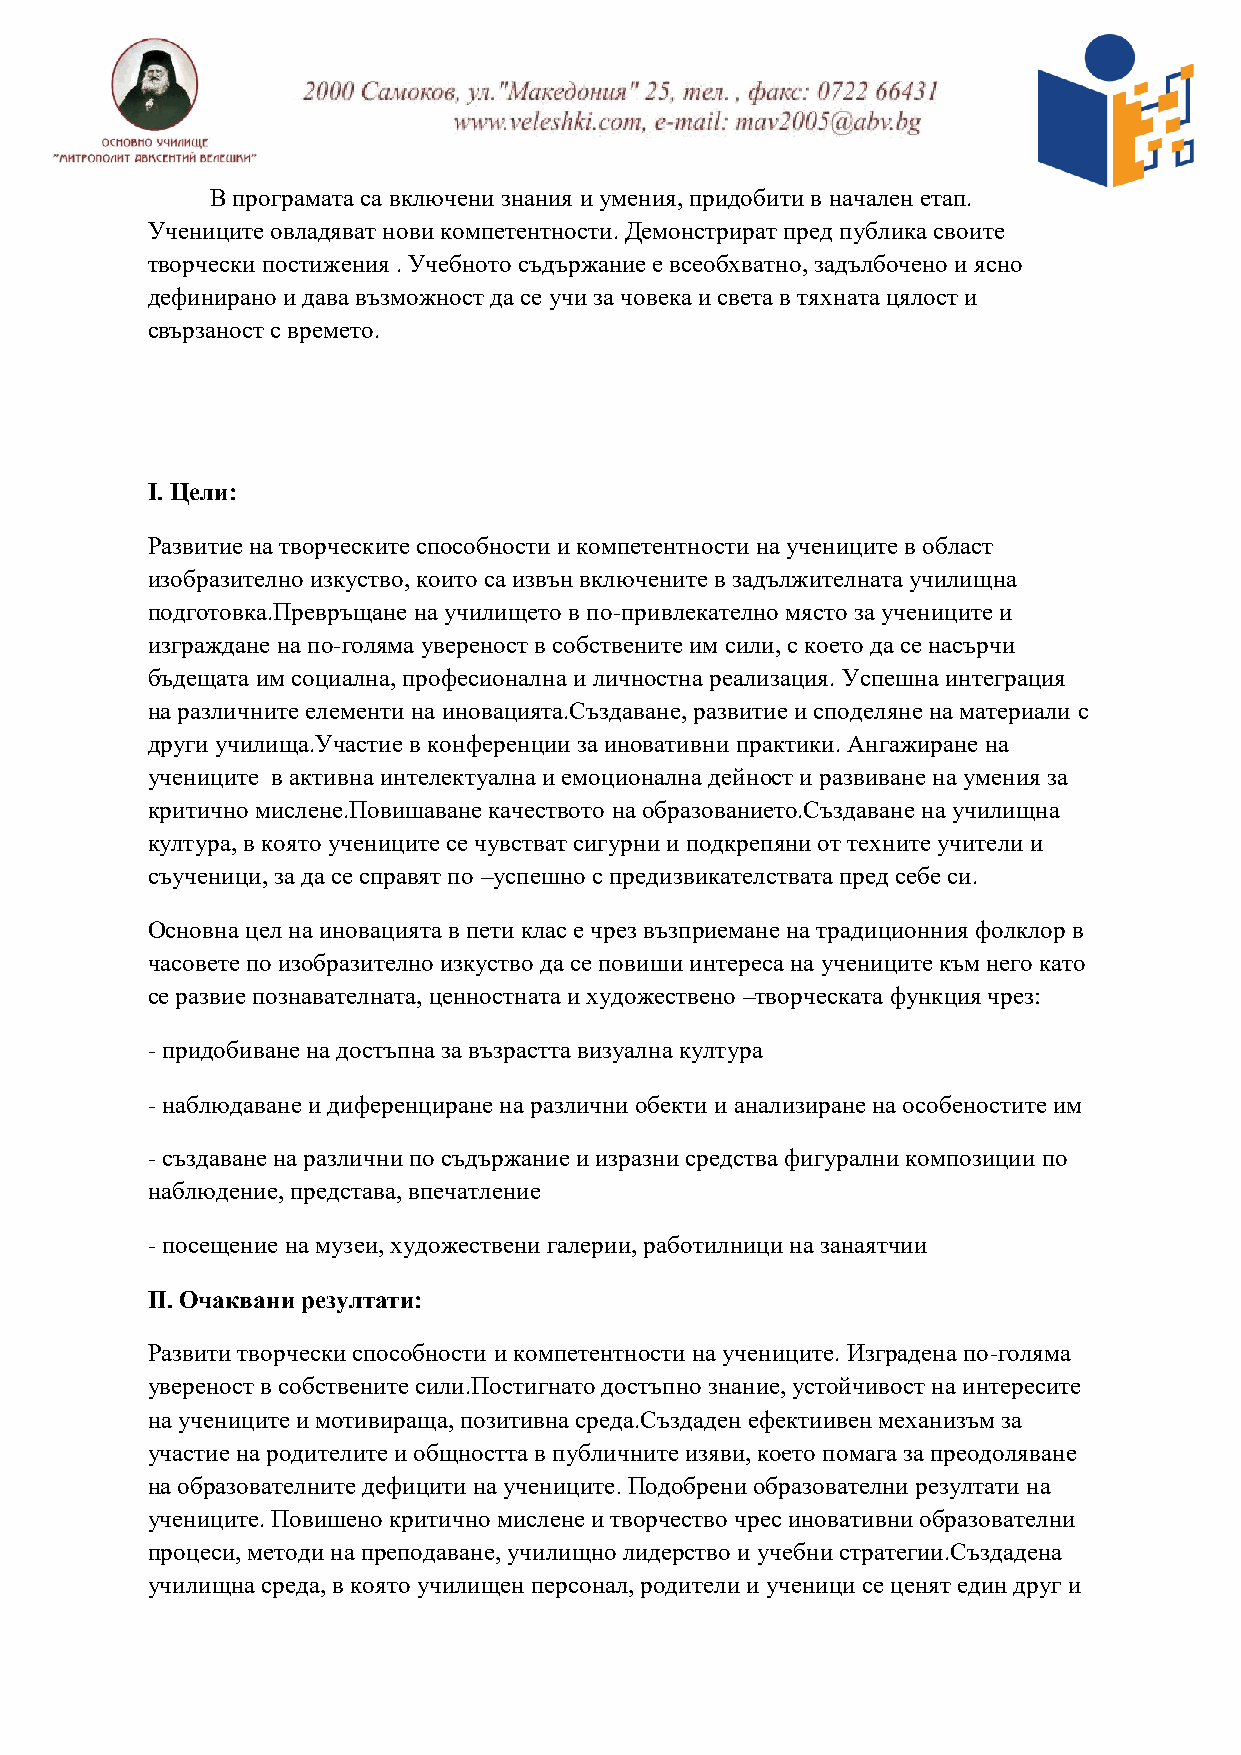
В програмата са включени знания и умения, придобити в начален етап.
 Учениците овладяват нови компетентности. Демонстрират пред публика своите
 творчески постижения . Учебното съдържание е всеобхватно, задълбочено и ясно
 дефинирано и дава възможност да се учи за човека и света в тяхната цялост и
 свързаност с времето.
 I. Цели:
 Развитие на творческите способности и компетентности на учениците в област
 изобразително изкуство, които са извън включените в задължителната училищна
 подготовка.Превръщане на училището в по-привлекателно място за учениците и
 изграждане на по-голяма увереност в собствените им сили, с което да се насърчи
 бъдещата им социална, професионална и личностна реализация. Успешна интеграция
 на различните елементи на иновацията.Създаване, развитие и споделяне на материали с
 други училища.Участие в конференции за иновативни практики. Ангажиране на
 учениците в активна интелектуална и емоционална дейност и развиване на умения за
 критично мислене.Повишаване качеството на образованието.Създаване на училищна
 култура, в която учениците се чувстват сигурни и подкрепяни от техните учители и
 съученици, за да се справят по –успешно с предизвикателствата пред себе си.
 Основна цел на иновацията в пети клас е чрез възприемане на традиционния фолклор в
 часовете по изобразително изкуство да се повиши интереса на учениците към него като
 се развие познавателната, ценностната и художествено –творческата функция чрез:
 - придобиване на достъпна за възрастта визуална култура
 - наблюдаване и диференциране на различни обекти и анализиране на особеностите им
 - създаване на различни по съдържание и изразни средства фигурални композиции по
 наблюдение, представа, впечатление
 - посещение на музеи, художествени галерии, работилници на занаятчии
 II. Очаквани резултати:
 Развити творчески способности и компетентности на учениците. Изградена по-голяма
 увереност в собствените сили.Постигнато достъпно знание, устойчивост на интересите
 на учениците и мотивираща, позитивна среда.Създаден ефектиивен механизъм за
 участие на родителите и общността в публичните изяви, което помага за преодоляване
 на образователните дефицити на учениците. Подобрени образователни резултати на
 учениците. Повишено критично мислене и творчество чрес иновативни образователни
 процеси, методи на преподаване, училищно лидерство и учебни стратегии.Създадена
 училищна среда, в която училищен персонал, родители и ученици се ценят един друг и